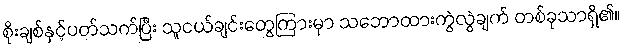
စိုးချစ်နှင့်ပတ်သက်ပြီး သူငယ်ချင်းတွေကြားမှာ သဘောထားကွဲလွဲချက် တစ်ခုသာရှိ၏။